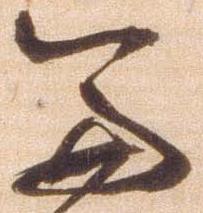
兼